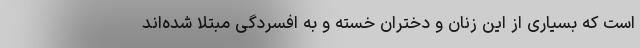
است که بسیاری از این زنان و دختران خسته و به افسردگی مبتلا شده‌اند